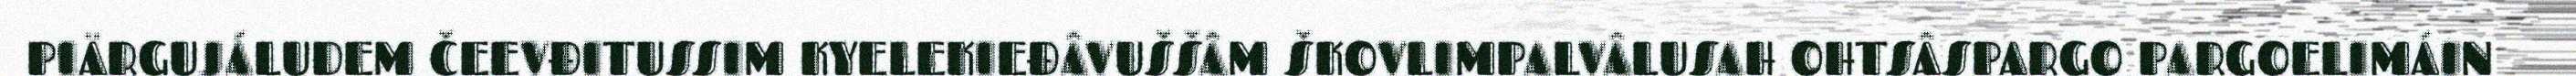
PIÄRGUJÁLUDEM ČEEVĐITUSSIM KYELEKIEĐÂVUŠŠÂM ŠKOVLIMPALVÂLUSAH OHTSÂSPARGO PARGOELIMÁIN